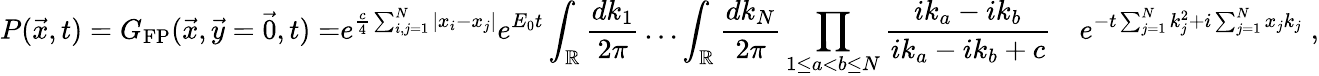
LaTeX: {P(\vec{x},t)=G_{\mathrm{FP}}(\vec{x},\vec{y}=\vec{0},t)=}e^{\frac{c}{4}\sum_{i,j=1}^{N}|x_{i}-x_{j}|}e^{E_{0}t}\int_{\mathbb{R}}\frac{dk_{1}}{2\pi}\dots\int_{\mathbb{R}}\frac{dk_{N}}{2\pi}\prod_{1\leq a<b\leq N}\frac{ik_{a}-ik_{b}}{ik_{a}-ik_{b}+c}\quad e^{-t\sum_{j=1}^{N}k_{j}^{2}+i\sum_{j=1}^{N}x_{j}k_{j}}\; ,